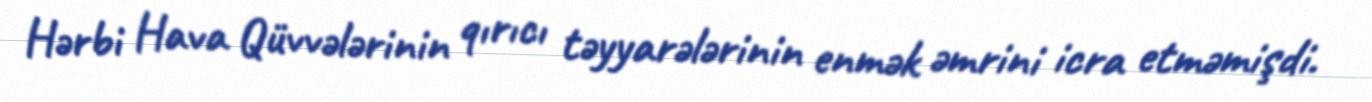
Hərbi Hava Qüvvələrinin qırıcı təyyarələrinin enmək əmrini icra etməmişdi.